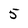
Character: 5